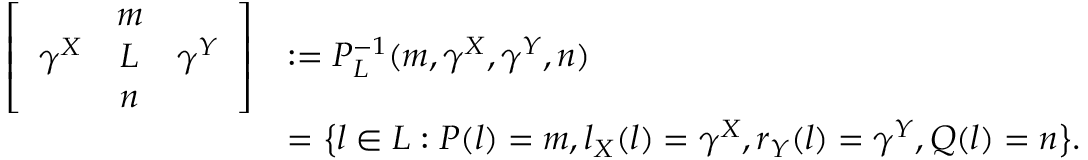
\begin{array} { r l } { \left[ \begin{array} { c c c } & { m } & \\ { \gamma ^ { X } } & { L } & { \gamma ^ { Y } } \\ & { n } & \end{array} \right] } & { : = P _ { L } ^ { - 1 } ( m , \gamma ^ { X } , \gamma ^ { Y } , n ) } \\ & { = \big \{ l \in L : P ( l ) = m , l _ { X } ( l ) = \gamma ^ { X } , r _ { Y } ( l ) = \gamma ^ { Y } , Q ( l ) = n \big \} . } \end{array}